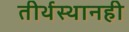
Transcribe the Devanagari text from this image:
तीर्थस्थानही